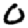
Digit: 0